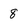
Character: 8